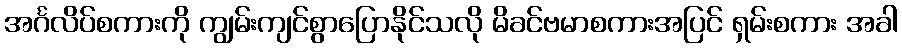
အင်္ဂလိပ်စကားကို ကျွမ်းကျင်စွာပြောနိုင်သလို မိခင်ဗမာစကားအပြင် ရှမ်းစကား အခါ